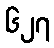
၆၂၇